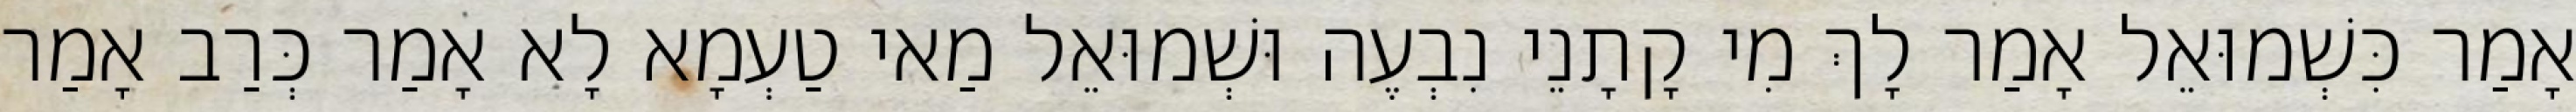
אָמַר כִּשְׁמוּאֵל אָמַר לָךְ מִי קָתָנֵי נִבְעֶה וּשְׁמוּאֵל מַאי טַעְמָא לָא אָמַר כְּרַב אָמַר